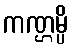
ကဏ္ဌမ္ပိ